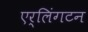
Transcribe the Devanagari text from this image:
एर्लिंगटन